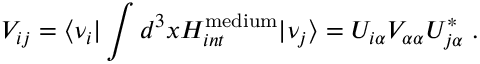
V _ { i j } = { \langle \nu _ { i } | } \int d ^ { 3 } x { H _ { i n t } ^ { \mathrm { m e d i u m } } } { | \nu _ { j } \rangle } = U _ { i \alpha } V _ { \alpha \alpha } U _ { j \alpha } ^ { * } \; .